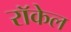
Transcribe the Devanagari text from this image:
राॅकेल